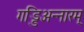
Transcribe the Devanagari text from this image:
गड्डिअन्नारम्